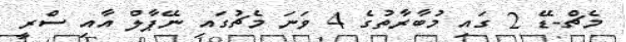
މެޗް-ޑޭ 2 ގައި މުބާރާތުގެ 4 ވަނަ މެޗުގައި ނޭޕާލް އާއި ސްރީ